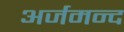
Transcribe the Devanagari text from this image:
अर्जमन्द